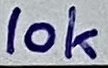
Text: 10k